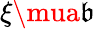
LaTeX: \xi\mua\mathfrak{b}